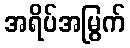
အရိပ်အမြွက်